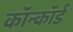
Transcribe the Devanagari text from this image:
कॉन्कॉर्ड